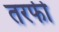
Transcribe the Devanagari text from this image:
तरफी